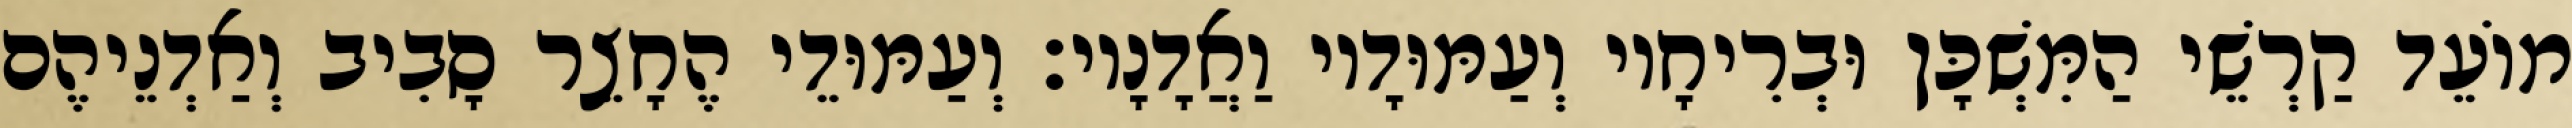
מוֹעֵד קַרְשֵׁי הַמִּשְׁכָּן וּבְרִיחָיו וְעַמּוּדָיו וַאֲדָנָיו׃ וְעַמּוּדֵי הֶחָצֵר סָבִיב וְאַדְנֵיהֶם